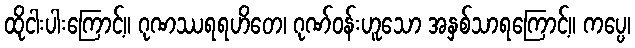
ထိုငါးပါးကြောင့်။ ဂုဏဿရရဟိတေ၊ ဂုဏ်ဝန်းဟူသော အနှစ်သာရကြောင့်။ ကပ္ပေ၊